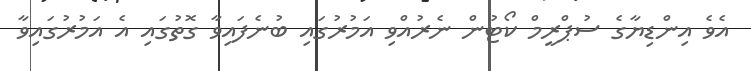
އެވެ އިންޑިޔާގެ ސުޕްރީމް ކޯޓުން ނެރުއްވި އަމުރުގައި ބުނެފައިވާ ގޮތުގައި އެ އަމުރުގައިވާ